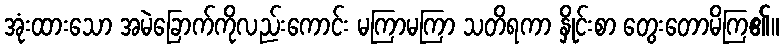
အုံးထားသော အမဲခြောက်ကိုလည်းကောင်း မကြာမကြာ သတိရကာ နှိုင်းစာ တွေးတောမိကြ၏။